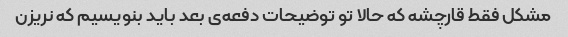
مشکل فقط قارچشه که حالا تو توضیحات دفعه‌ی بعد باید بنویسیم که نریزن